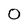
Character: O